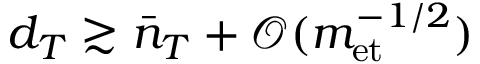
d _ { T } \gtrsim \bar { n } _ { T } + \mathcal { O } ( m _ { \mathrm { e t } } ^ { - 1 / 2 } )